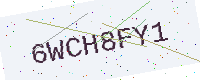
Text: 6WCH8FY1